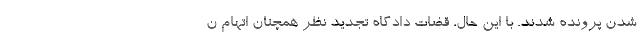
شدن پرونده شدند. با این حال، قضات دادگاه تجدید نظر همچنان اتهام ن